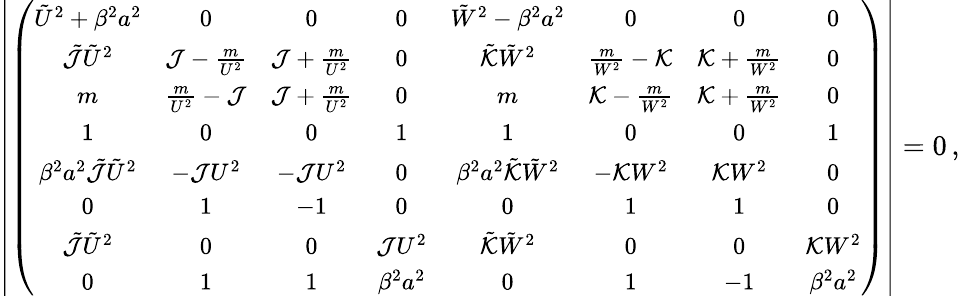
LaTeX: \left|\left({\small\begin{array}{cccccccc}{\tilde{U}^{2}+\beta^{2}a^{2}}&{0}&{0}&{0}&{\tilde{W}^{2}-\beta^{2}a^{2}}&{0}&{0}&{0}\\ {\tilde{\mathcal{J}}\tilde{U}^{2}}&{\mathcal{J}-\frac{m}{U^{2}}}&{\mathcal{J}+\frac{m}{U^{2}}}&{0}&{\tilde{\mathcal{K}}\tilde{W}^{2}}&{\frac{m}{W^{2}}-\mathcal{K}}&{\mathcal{K}+\frac{m}{W^{2}}}&{0}\\ {m}&{\frac{m}{U^{2}}-\mathcal{J}}&{\mathcal{J}+\frac{m}{U^{2}}}&{0}&{m}&{\mathcal{K}-\frac{m}{W^{2}}}&{\mathcal{K}+\frac{m}{W^{2}}}&{0}\\ {1}&{0}&{0}&{1}&{1}&{0}&{0}&{1}\\ {\beta^{2}a^{2}\tilde{\mathcal{J}}\tilde{U}^{2}}&{-\mathcal{J}U^{2}}&{-\mathcal{J}U^{2}}&{0}&{\beta^{2}a^{2}\tilde{\mathcal{K}}\tilde{W}^{2}}&{-\mathcal{K}W^{2}}&{\mathcal{K}W^{2}}&{0}\\ {0}&{1}&{-1}&{0}&{0}&{1}&{1}&{0}\\ {\tilde{\mathcal{J}}\tilde{U}^{2}}&{0}&{0}&{\mathcal{J}U^{2}}&{\tilde{\mathcal{K}}\tilde{W}^{2}}&{0}&{0}&{\mathcal{K}W^{2}}\\ {0}&{1}&{1}&{\beta^{2}a^{2}}&{0}&{1}&{-1}&{\beta^{2}a^{2}}\end{array}}\right)\right|=0\, ,